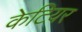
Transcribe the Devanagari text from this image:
केटियर